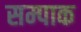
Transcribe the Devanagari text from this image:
सम्पाक